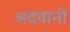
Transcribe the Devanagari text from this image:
अदवानी